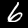
Digit: 6